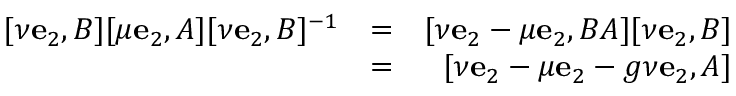
\begin{array} { r l r } { [ \nu \mathbf { e } _ { 2 } , B ] [ \mu \mathbf { e } _ { 2 } , A ] [ \nu \mathbf { e } _ { 2 } , B ] ^ { - 1 } } & { = } & { [ \nu \mathbf { e } _ { 2 } - \mu \mathbf { e } _ { 2 } , B A ] [ \nu \mathbf { e } _ { 2 } , B ] } \\ & { = } & { [ \nu \mathbf { e } _ { 2 } - \mu \mathbf { e } _ { 2 } - g \nu \mathbf { e } _ { 2 } , A ] } \end{array}